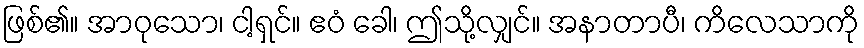
ဖြစ်၏။ အာဝုသော၊ ငါ့ရှင်။ ဧဝံ ခေါ၊ ဤသို့လျှင်။ အနာတာပီ၊ ကိလေသာကို